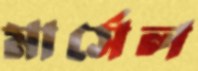
মার্সেল